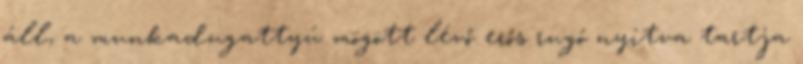
áll, a munkadugattyú mögött lévő erős rugó nyitva tartja